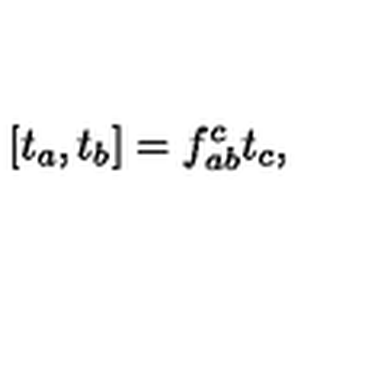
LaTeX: [ t _ { a } , t _ { b } ] = f _ { a b } ^ { c } t _ { c } ,